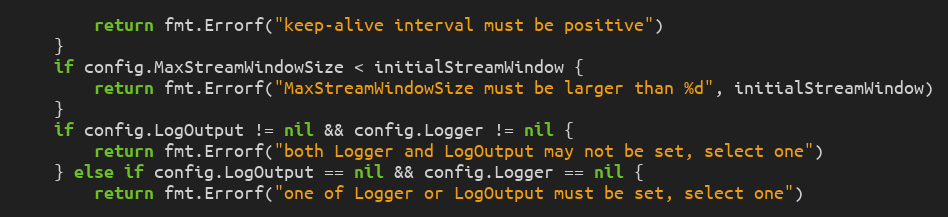
Language: Go
		return fmt.Errorf("keep-alive interval must be positive")
	}
	if config.MaxStreamWindowSize < initialStreamWindow {
		return fmt.Errorf("MaxStreamWindowSize must be larger than %d", initialStreamWindow)
	}
	if config.LogOutput != nil && config.Logger != nil {
		return fmt.Errorf("both Logger and LogOutput may not be set, select one")
	} else if config.LogOutput == nil && config.Logger == nil {
		return fmt.Errorf("one of Logger or LogOutput must be set, select one")